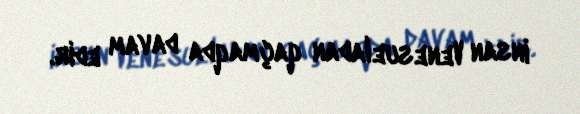
insan Venesueladan qaçmaqda davam edir.